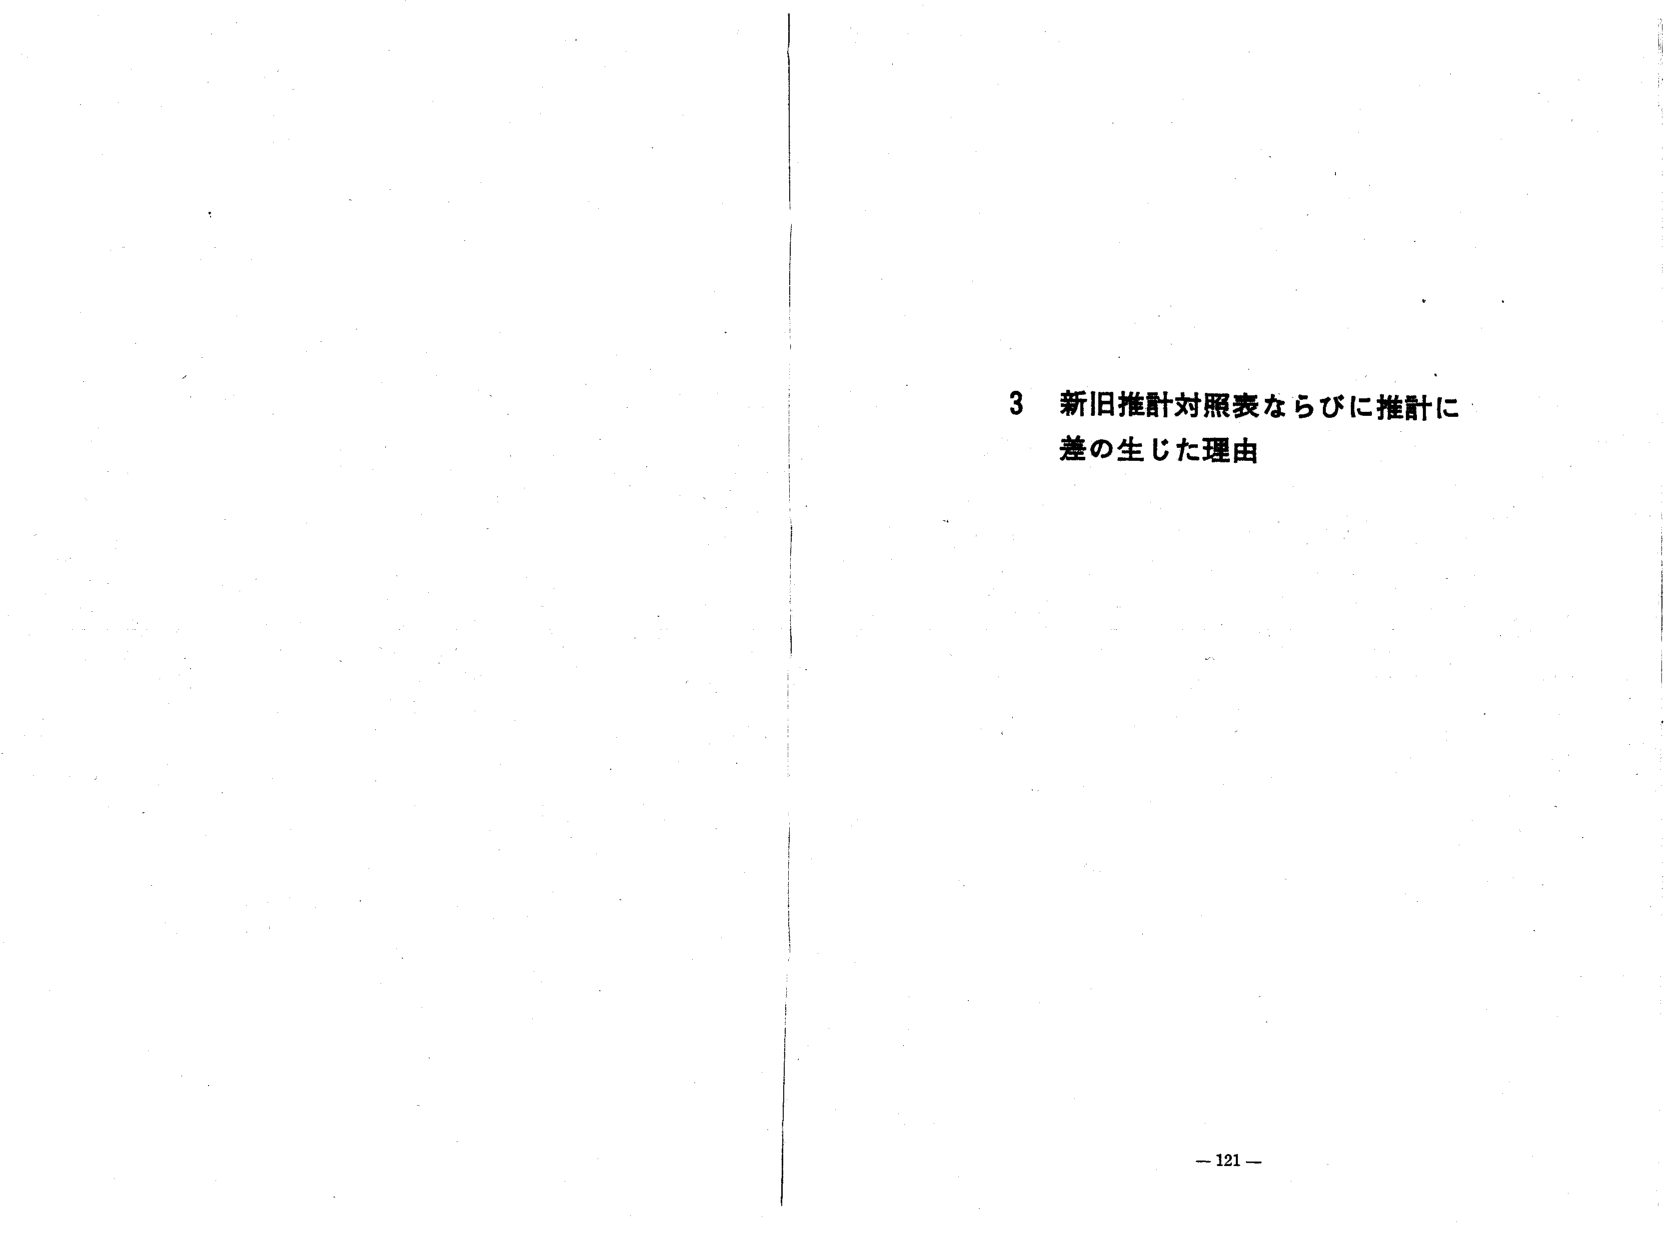
3 新旧推計対照表ならびに推計に
差の生じた理由

— 121 —